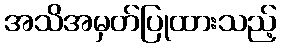
အသိအမှတ်ပြုထားသည့်